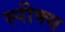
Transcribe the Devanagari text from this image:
स्पीक्स